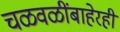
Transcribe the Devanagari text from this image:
चळवळींबाहेरही